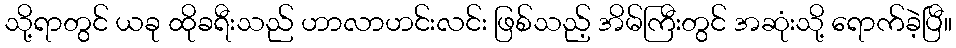
သို့ရာတွင် ယခု ထိုခရီးသည် ဟာလာဟင်းလင်း ဖြစ်သည့် အိမ်ကြီးတွင် အဆုံးသို့ ရောက်ခဲ့ပြီ။